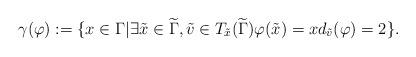
LaTeX: \begin{align*}\gamma (\varphi) : = \{ x \in \Gamma \vert \exists \tilde{x} \in \widetilde{\Gamma}, \tilde{v} \in T_{\tilde{x}} (\widetilde{\Gamma}) \varphi (\tilde{x}) = x d_{\tilde{v}} (\varphi) = 2 \}.\end{align*}